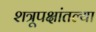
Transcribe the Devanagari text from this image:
शत्रूपक्षांतल्या